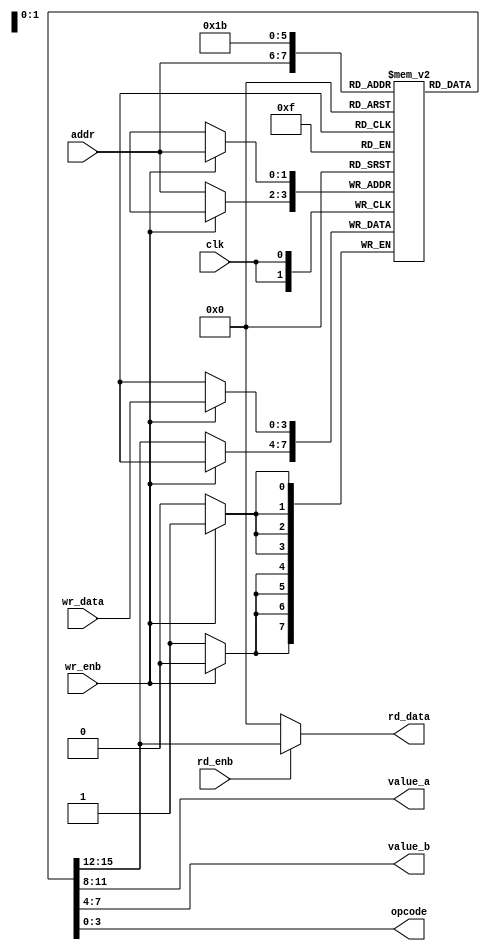
module memory (
	input wire clk,
	input wire wr_enb,
	input wire rd_enb,
	input wire [1:0] addr,
	input wire [3:0] wr_data,
	output reg [3:0] rd_data,
	output reg [3:0] value_a,
	output reg [3:0] value_b,
	output reg [3:0] opcode
);  
	reg [3:0] mem [3:0];
	always@(posedge clk) begin 
		if (wr_enb)begin 
			mem[addr] <= wr_data;
		end
		else begin 
			mem[addr] <= mem[addr];
		end
	end 

	always@(*) begin 
		if (rd_enb) begin 
			rd_data = mem [addr];
		end
		else begin 
			rd_data = 4'b0000;
		end
	end 
	always@(*) begin 	
		value_a = mem [1];
		value_b = mem [2];
		opcode  = mem [3];
	end
endmodule